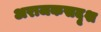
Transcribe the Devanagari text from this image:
अराजकसदृश